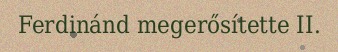
Ferdinánd megerősítette II.